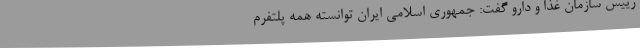
رییس سازمان غذا و دارو گفت: جمهوری اسلامی ایران توانسته همه پلتفرم‌